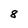
Character: 8